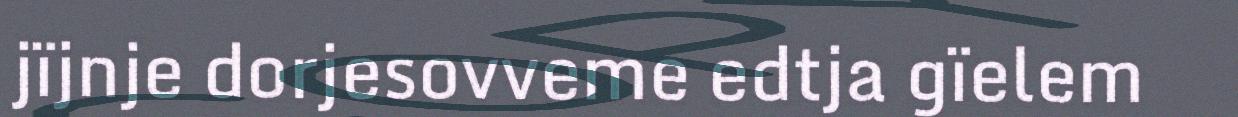
jïjnje dorjesovveme edtja gïelem